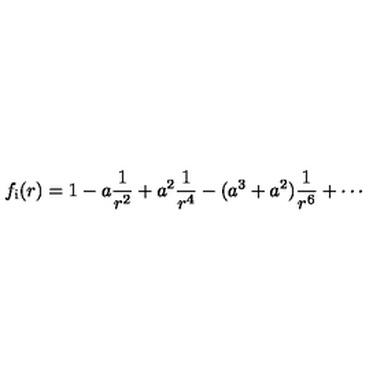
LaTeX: f _ { \mathrm { { i } } } ( r ) = \displaystyle { 1 - a \frac { 1 } { r ^ { 2 } } + a ^ { 2 } \frac { 1 } { r ^ { 4 } } - ( a ^ { 3 } + a ^ { 2 } ) \frac { 1 } { r ^ { 6 } } + \cdots }